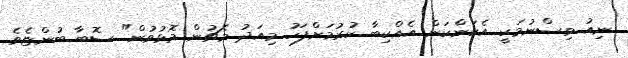
ނިއު ވިސްނުމަކީ އެކަންކަން އެއްކިބާ ކުރުމަށްފަހު މިއަދު މެޗުން މޮޅުވުން" ސޮބާ ބުންޏެވެ.